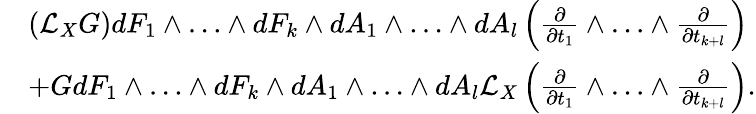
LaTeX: \begin{array}{rl}&{(\mathcal{L}_{X}G)dF_{1}\land\dotsc\land dF_{k}\land dA_{1}\land\dotsc\land dA_{l}\left(\frac{\partial}{\partial t_{1}}\land\dotsc\land\frac{\partial}{\partial t_{k+l}}\right)}\\ &{+GdF_{1}\land\dotsc\land dF_{k}\land dA_{1}\land\dotsc\land dA_{l}\mathcal{L}_{X}\left(\frac{\partial}{\partial t_{1}}\land\dotsc\land\frac{\partial}{\partial t_{k+l}}\right).}\end{array}